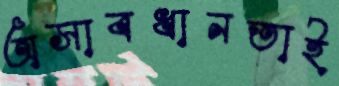
অসাবধানতাই